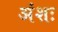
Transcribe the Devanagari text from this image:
अंशः